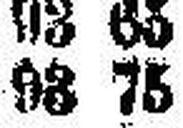
93 75